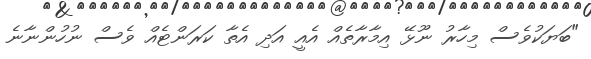
"ބަޔަކުވެސް މިހާރު ނޫޅޭ އިމާރާތެއް އެއީ އަދި އެތާ ކަރަންޓެއް ވެސް ނުހުންނާނެ